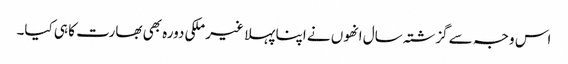
اس وجہ سے گزشتہ سال انھوں نے اپنا پہلا غیر ملکی دورہ بھی بھارت کا ہی کیا۔